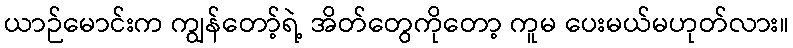
ယာဉ်မောင်းက ကျွန်တော့်ရဲ့ အိတ်တွေကိုတော့ ကူမ ပေးမယ်မဟုတ်လား။